Report on the working of the mental hospitals for Indians in Bihar and Orissa - 1925-1929
Year: 1925
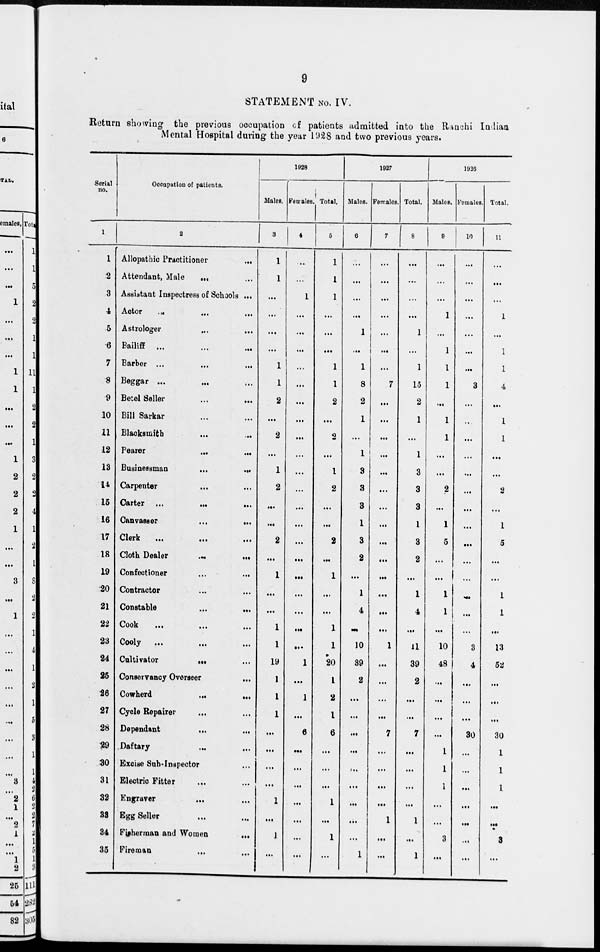
9
STATEMENT No. IV.
Return showing the previous occupation of patients admitted into the Ranchi Indian
Mental Hospital during the year 1928 and two previous years.
Serial
no.
1
1
2
3
4
5
6
7
8
9
10
11
12
13
14
15
16
17
18
19
20
21
22
23
24
25
26
27
28
29
30
31
32
33
34
35
Occupation of patients.
2
Allopathic Practitioner
...
Attendant, Male
...
...
Assistant Inspectress of Schools ...
Actor
... ... ...
Astrologer ... ...
Bailiff ... ... ...
Barber ...
...
...
Beggar ...
... ...
Betel Seller
...
...
Bill Sarkar ... ...
Blacksmith ... ...
Pearer
...
...
Businessman ... ...
Carpenter ... ...
Carter ... ... ...
Canvasser
...
...
Clerk
...
...
...
Cloth Dealer
...
...
Confectioner
...
...
Contractor ... ...
Constable
...
...
Cook
...
...
...
Cooly
...
...
Cultivator
...
...
Conservancy Overseer ...
Cowherd ... ...
Cycle Repairer ... ...
Dependant ... ...
Daftary ... ...
Excise Sub-Inspector ...
Electric Fitter ... ...
Engraver
...
...
Egg Seller ... ...
Fisherman and Women
...
Fireman ... ...
1928
Males.
3
1
1
...
...
...
...
1
1
2
...
2
...
1
2
...
...
2
...
1
...
...
1
1
19
1
1
1
...
...
...
...
1
...
1
...
Females.
4
...
...
1
...
...
...
...
...
...
...
...
...
...
...
...
...
...
...
...
...
...
...
...
1
...
1
...
6
...
...
...
...
...
...
...
Total.
5
1
1
1
...
...
...
1
1
2
...
2
...
1
2
...
...
2
...
1
...
...
1
1
20
1
2
1
6
...
...
...
1
...
1
...
1927
Males.
6
...
...
...
...
1
...
1
8
2
1
...
1
3
3
3
1
3
2
...
1
4
...
10
39
2
...
...
...
...
...
...
...
...
...
1
Females.
7
...
...
...
...
...
...
...
7
...
...
...
...
...
...
...
...
...
...
...
...
...
...
1
...
...
...
...
7
...
...
...
...
1
...
...
Total.
8
...
...
...
...
1
...
1
15
2
1
...
1
3
3
3
1
3
2
...
1
4
...
11
39
2
...
...
7
...
...
...
...
1
...
1
1926
Males.
9
...
...
...
1
...
1
1
1
...
1
1
...
...
2
...
1
5
...
...
1
1
...
10
48
...
...
...
...
1
1
1
...
...
3
...
Females.
10
...
...
...
...
...
...
...
3
...
..
...
...
...
...
...
...
...
...
...
...
...
...
3
4
...
...
...
30
...
...
...
...
...
...
...
Total.
11
...
...
...
1
...
1
1
4
...
1
1
...
...
2
...
1
5
...
...
1
1
...
13
52
...
...
...
30
1
1
1
...
...
3
...